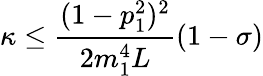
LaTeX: \kappa\leq\frac{(1-p_{1}^{2})^{2}}{2m_{1}^{4}L}(1-\sigma)